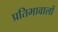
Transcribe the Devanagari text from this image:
प्रतिभावालों